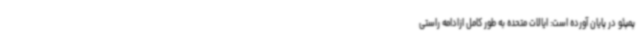
پمپئو در پایان آورده است: ایالات متحده به طور کامل ازادامه راستی